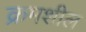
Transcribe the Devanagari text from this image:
क्रमशील